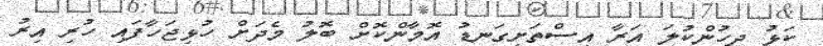
ކަޅު ދިހުންކުލަ އަރާ އިސްތަށިގަނޑު އޮމާންކޮށް ބޮލު މެދަށް ހުޅިޖަހާފައި ހުރި އިރު